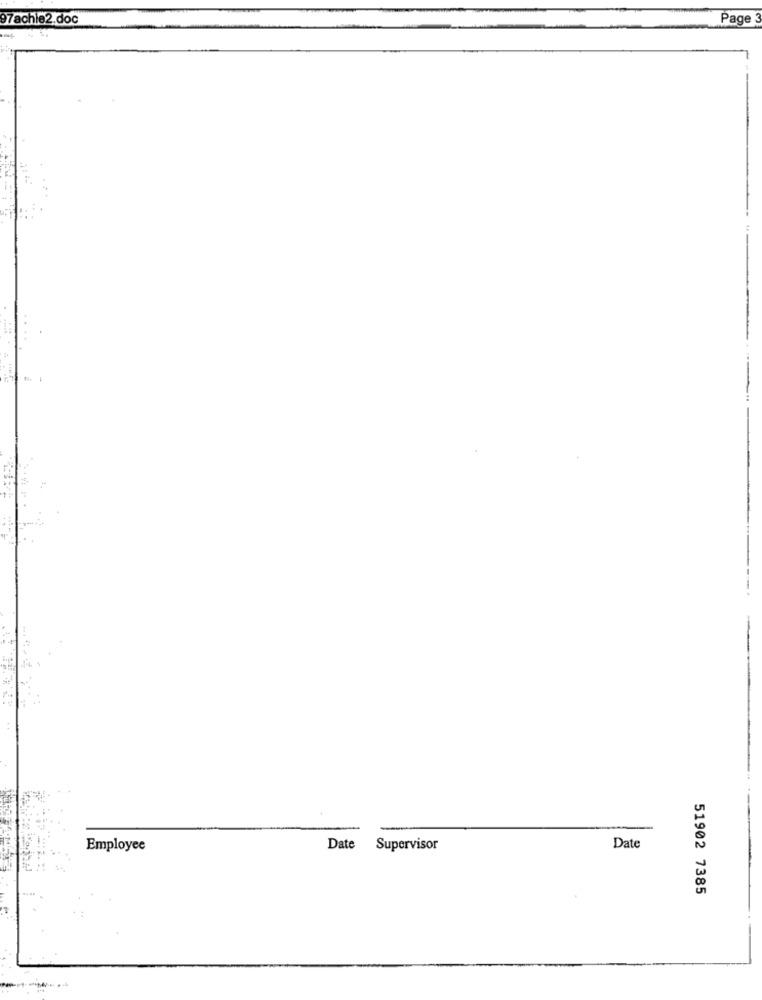
97achie2.doc
Page
Employee
Date
Supervisor
Date
51902 7385